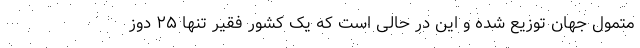
متمول جهان توزیع شده و این در حالی است که یک کشور فقیر تنها ۲۵ دوز